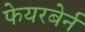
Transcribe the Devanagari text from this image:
फेयरबेर्न